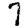
Digit: 7